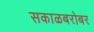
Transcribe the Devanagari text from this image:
सकाळबरोबर